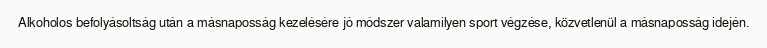
Alkoholos befolyásoltság után a másnaposság kezelésére jó módszer valamilyen sport végzése, közvetlenül a másnaposság idején.